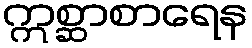
ဣစ္ဆာစာရေန